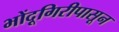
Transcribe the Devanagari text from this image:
भोंदूगिरीपासून